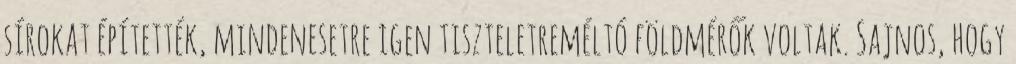
sírokat építették, mindenesetre igen tiszteletreméltó földmérők voltak. Sajnos, hogy